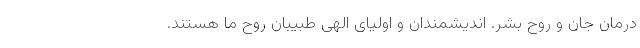
درمان جان و روح بشر. اندیشمندان و اولیای الهی طبیبان روح ما هستند.